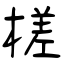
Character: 槎